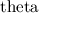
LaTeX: \mathrm { \ t h e t a }